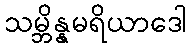
သမ္ဘိန္နမရိယာဒေါ